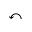
\curvearrowleft